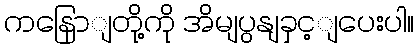
ကနြောျတို့ကို အိမျပွနျခှင့ျပေးပါ။